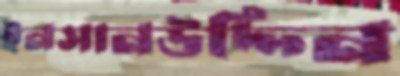
ইনসানউদ্দিন